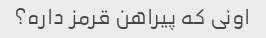
اونی که پیراهن قرمز داره؟